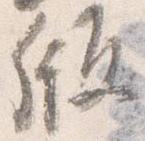
版